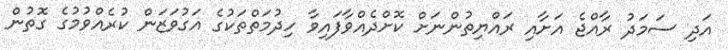
އަދި ސަމަދު ރާއްޖެ އަށާއި ރައްޔިތުންނަށް ކޮށްދެއްވާފައިވާ ހިދުމަތްތަކުގެ އަގުވަޒަން ކުރެއްވުމުގެ ގޮތުން